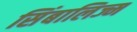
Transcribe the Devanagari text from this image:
सिंबालिज्म